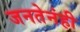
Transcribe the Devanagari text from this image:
जनतेनंही